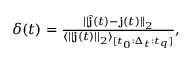
\begin{array} { r } { \delta ( t ) = \frac { | | \hat { \mathbf { j } } ( t ) - \mathbf { j } ( t ) | | _ { 2 } } { \langle | | \mathbf { j } ( t ) | | _ { 2 } \rangle _ { [ t _ { 0 } : \Delta _ { t } : t _ { q } ] } } , } \end{array}